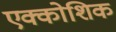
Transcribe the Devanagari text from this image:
एक्कोशिक